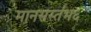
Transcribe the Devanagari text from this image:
मानसस्तंभ६